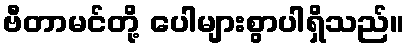
ဗီတာမင်တို့ ပေါများစွာပါရှိသည်။